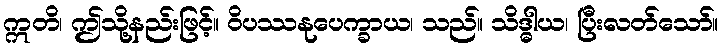
ဣတိ၊ ဤသို့နည်းဖြင့်။ ဝိပဿနုပေက္ခာယ၊ သည်။ သိဒ္ဓါယ၊ ပြီးလတ်သော်။